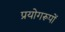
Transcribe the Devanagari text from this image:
प्रयोगरूपों